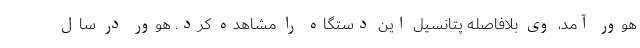
هوور آمد، وی بلافاصله پتانسیل این دستگاه را مشاهده کرد. هوور در سال